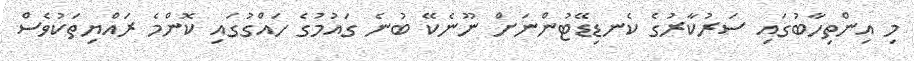
މި އިންތިހާބުގައި ސަރުކާރުގެ ކެނޑިޑޭޓުންނަށް ނޫނެކޭ ބުނެ ގައުމުގެ ހައްގުގައި ކޮންމެ ރައްޔިތަކުވެސް